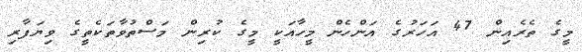
މީގެ ތެރެއިން 47 އަހަރުގެ އަންހެން މީހާއަކީ މީގެ ކުރިން މަސްތުވާތަކެތީގެ ވިޔަފާރި